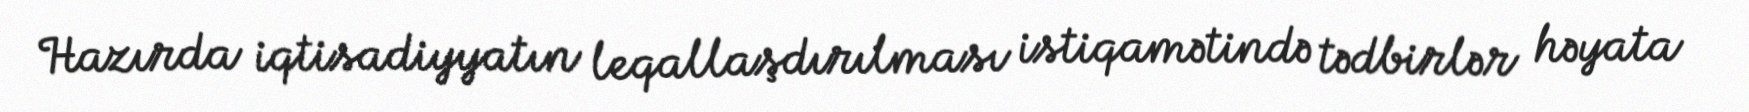
Hazırda iqtisadiyyatın leqallaşdırılması istiqamətində tədbirlər həyata